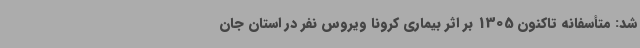
شد: متأسفانه تاکنون 1305 بر اثر بیماری کرونا ویروس نفر در استان جان